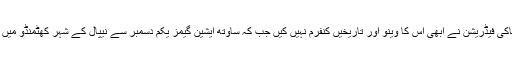
انٹرنیشنل ہاکی فیڈریشن نے ابھی اس کا وینو اور تاریخیں کنفرم نہیں کیں جب کہ ساوتھ ایشین گیمز یکم دسمبر سے نیپال کے شہر کھٹمنڈو میں ہورہی ہیں۔